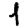
Digit: 1